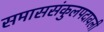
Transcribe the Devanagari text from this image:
समाससंकुलपदावली